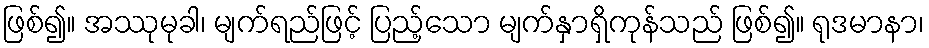
ဖြစ်၍။ အဿုမုခါ၊ မျက်ရည်ဖြင့် ပြည့်သော မျက်နှာရှိကုန်သည် ဖြစ်၍။ ရုဒမာနာ၊